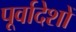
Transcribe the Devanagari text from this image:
पूर्वादेशों